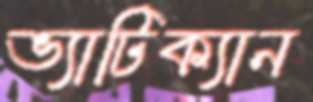
ভ্যাটিক্যান